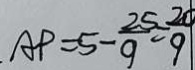
A P = 5 - \frac { 2 5 } { 9 } = \frac { 2 0 } { 9 }